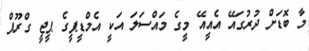
މާ ބޮޑަށް ދުރުގައޭ އެއީއޭ މީގެ މައްސަލަ އަކީ އެމްޑީޕީގެ ޕީޖީ ގްރޫޕް